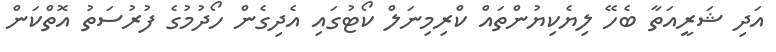
އަދި ޝަރީއަތާ ބެހޭ ލިޔެކިޔުންތައް ކްރިމިނަލް ކޯޓުގައި އެދިގެން ހޯދުމުގެ ފުރުސަތު އޮތްކަން